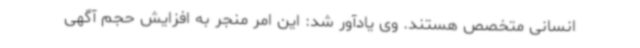
انسانی متخصص هستند. وی یادآور شد: این امر منجر به افزایش حجم آگهی